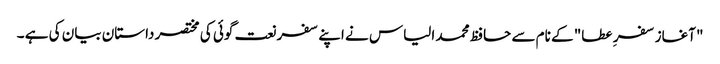
"آغاز سفر ِ عطا" کے نام سے حافظ محمد الیاس نے اپنے سفر نعت گوئی کی مختصر داستان بیان کی ہے ۔